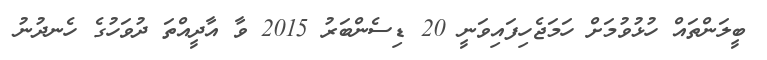
ބީލަންތައް ހުޅުވުމަށް ހަމަޖެހިފައިވަނީ 20 ޑިސެންބަރު 2015 ވާ އާދީއްތަ ދުވަހުގެ ހެނދުނު